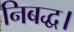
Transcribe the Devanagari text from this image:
निबद्ध।